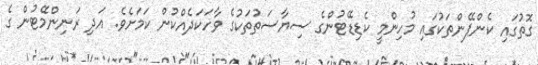
ގޮތުގައި ކެންޕޭންތަކުގައި މުހިންމީ ކެޑިޑޭޓުންގެ ސިޔާސަތުތަކުގެ ވާހަކަދެއްކުން ކަމަށެވެ. އަދި ރަނިންމޭޓުން ގެ